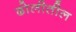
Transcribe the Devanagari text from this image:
ढोलीतील